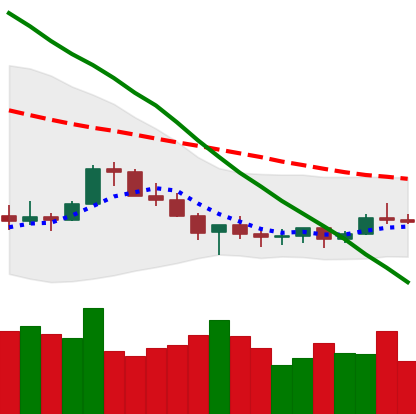
Ticker: XLM-USD
Chart end date: 2022-07-09
Forward return: -5.164%
Label: down_5_7